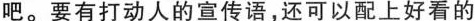
吧。要有打动人的宣传语，还可以配上好看的